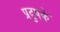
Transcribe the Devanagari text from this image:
प्रदुषके